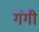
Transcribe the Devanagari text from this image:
गंगी